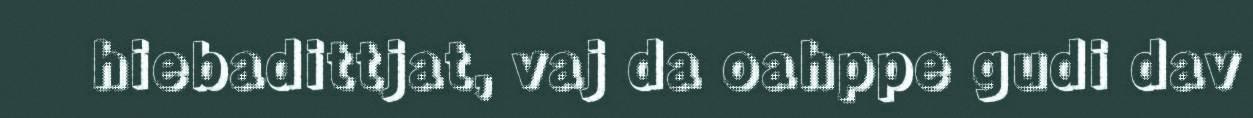
hiebadittjat, vaj da oahppe gudi dav